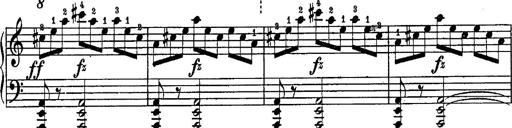
Title: Schubert's Impromptus [revised and edited by Franz Liszt]
Composer: Franz Liszt